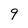
Character: 9